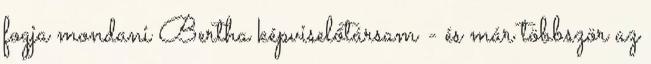
fogja mondani Bertha képviselőtársam - és már többször az